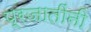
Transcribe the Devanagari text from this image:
प्रजातींनी